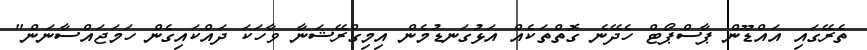
ތެރޭގައި އައްޑޫން ޕާސްޕޯޓް ހެދޭނެ ގޮތްތަކެއް އަޅުގަނޑުމެން އިމިގްރޭޝަނާ ވާހަކަ ދައްކައިގެން ހަމަޖައްސާނަން"